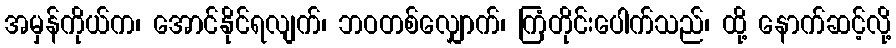
အမှန်ကိုယ်က၊ အောင်နိုင်ရလျက်၊ ဘဝတစ်လျှောက်၊ ကြံတိုင်းပေါက်သည်၊ ထို့ နောက်ဆင့်လို့